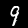
Label: 9